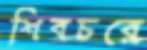
শিবচরে